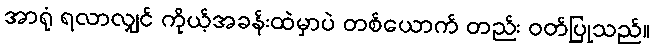
အာရုံ ရလာလျှင် ကိုယ့်အခန်းထဲမှာပဲ တစ်ယောက် တည်း ဝတ်ပြုသည်။